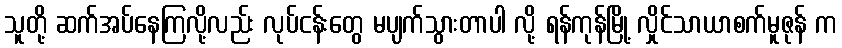
သူတို့ ဆက်အပ်နေကြလို့လည်း လုပ်ငန်းတွေ မပျက်သွားတာပါ လို့ ရန်ကုန်မြို့ လှိုင်သာယာစက်မူဇုန် က